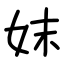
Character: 妺